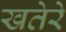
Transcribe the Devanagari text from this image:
खतेरे